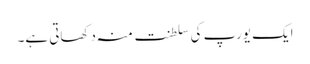
ایک یورپ کی سلطنت منہ دکھاتی ہے۔